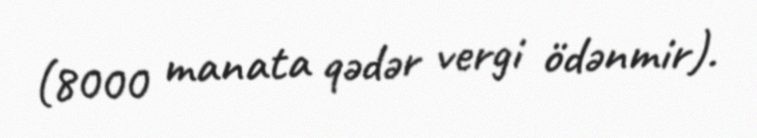
(8000 manata qədər vergi ödənmir).